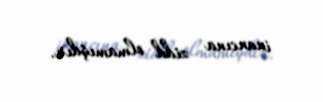
inancına zidd olmamışdır.